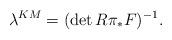
LaTeX: \begin{align*}\lambda^{KM}=(\det R\pi_*F)^{-1}.\end{align*}